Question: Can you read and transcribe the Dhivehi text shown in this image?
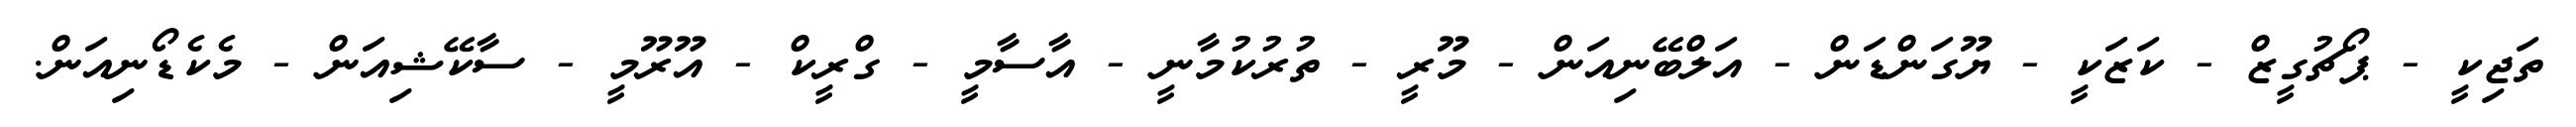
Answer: ތަޖިކީ - ޕޯޗުގީޒް - ކަޒަކީ - ޔޫގަންޑަން - އަލްބޭނިއަން - މޫރީ - ތުރުކުމާނީ - އާސާމީ - ގްރީކް - އޫރޫމީ - ސާކޭޝިއަން - މެކެޑޯނިއަން.